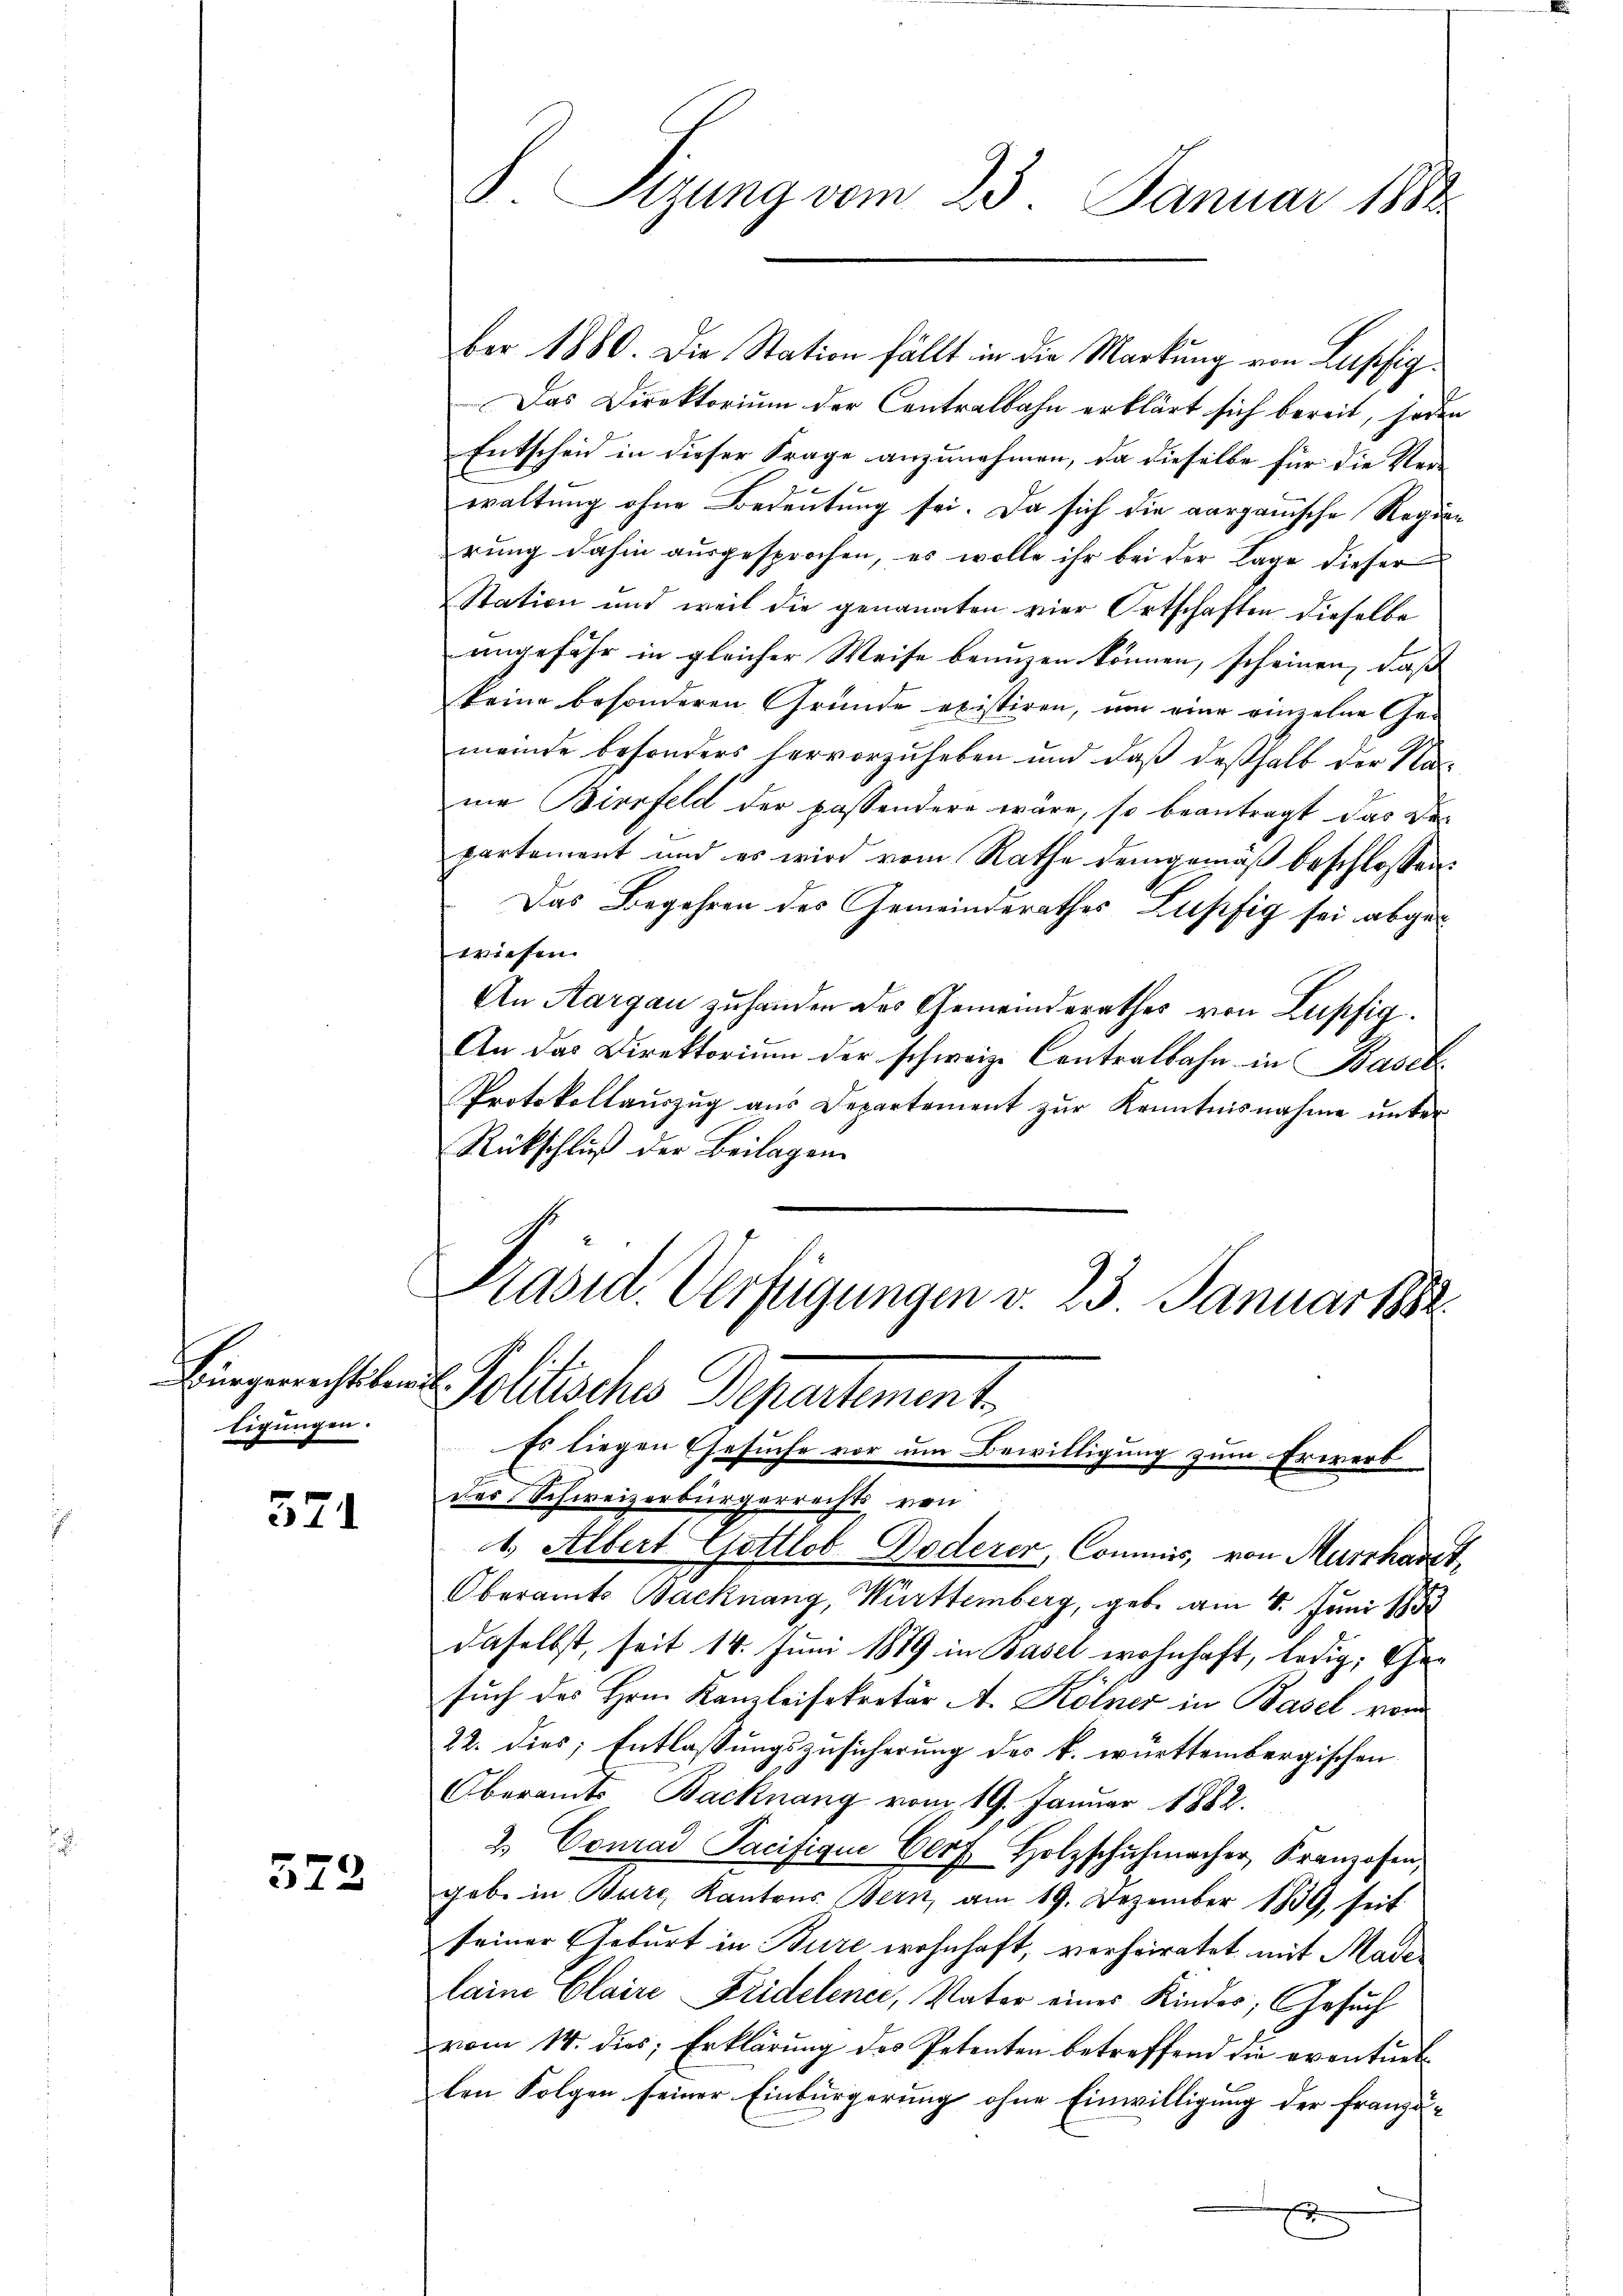
tigungen.

571

572

S. Tizung vom 23. Januar 1884

ber 1880. Die Station fällt in die Markung von Lupfig
Das Direktorium der Contralbahn erklärt sich bereit, jeden
Entscheid in dieser Frage anzunehmen, da dieselbe für die Verwaltung ohne Bedeutung sei. Da sich die aargauische Regierung dahin ausgesprochen, es wolle ihr bei der Lage dieser
Station und weil die genannten vier Ortschaften dieselbe
angefähr in gleicher Weise benuzen können, scheinen, daß
keine besonderen Gründe existiren, um eine einzelne Ge-
meinde besonders hervorzuheben und daß deßhalb der Na-
mi Birrfeld der passendere wäre, so beantragt das De
partement und es wird vom Rathe demgemäß beschlossen:
Das Begehren des Gemeinderathes Lupfig sei abgewiesen.
An Aargau zuhanden des Gemeinderathes von Lupfig.
An das Direktorium der schweize Centralbahn in Basel
Protokollauszug aus Departement zur Kenntnisnahme unter
Rückschluß der Beilagen

Präsid. Verfügungen v. 23. Januar 1882
Bingerichteten Politische Departement.

der Schweizerbürgerrechts, von
1. Albert Gottlob Doderer, Commis, von Murkart,
Oberamts Backnang, Württemberg, geb. am 4. Juni 1853
daselbst, seit 14. Juni 1879 in Basel wohnhaft, ledig, Ehesuch des Hrn. Kanzleisekretär A. Kölner in Basel vom
22. dies; Entlassungszusicherung des k. württembergischen
Oberamts Backnang vom 19. Januar 1882.
2.) Conrad Pacifique Corf Holzschŭhmacher, Kranzosen,
geb. in Bure, Kantons Bern, am 19. Dezember 1839, seit
seiner Geburt in Bure wohnhaft, verheiratet mit Madelain Claire Fridelener, Vater eines Kinder, Gesuch
vom 14. dies, Erklärung des Petenten betreffend die eventuel
len Folgen seiner Einbürgerung ohne Einwilligung der franzä¬
E

Es liegen Gesuche vor um Bewilligung zum Erwerb